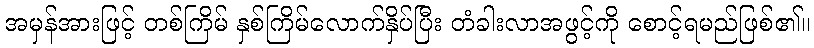
အမှန်အားဖြင့် တစ်ကြိမ် နှစ်ကြိမ်လောက်နှိပ်ပြီး တံခါးလာအဖွင့်ကို စောင့်ရမည်ဖြစ်၏။